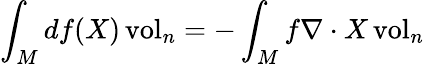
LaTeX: \int_{M}df(X)\operatorname{vol}_{n}=-\int_{M}f\nabla\cdot X\operatorname{vol}_{n}